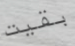
بقيت